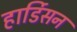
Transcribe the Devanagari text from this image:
हार्डिसन